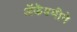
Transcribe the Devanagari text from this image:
ॲकॅडमीने